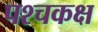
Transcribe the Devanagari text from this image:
पश्चकक्ष